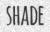
SHADE